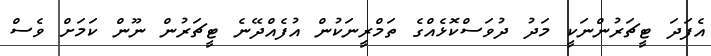
އެފަދަ ޓީޗަރުންނަކީ މަދު ދުވަސްކޮޅެއްގެ ތަމްރީނަކުން އުފެއްދޭނެ ޓީޗަރުން ނޫން ކަމަށް ވެސް